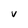
Character: v